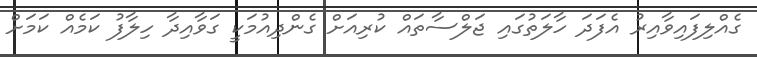
ގެއްލިފައިވާއިރު އެފަދަ ހާލަތުގައި ޖަލްސާތައް ކުރިއަށް ގެންދިއުމަކީ ގަވާއިދާ ހިލާފު ކަމެއް ކަމަށް